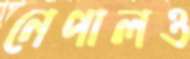
নেপালও